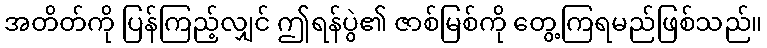
အတိတ်ကို ပြန်ကြည့်လျှင် ဤရန်ပွဲ၏ ဇာစ်မြစ်ကို တွေ့ကြရမည်ဖြစ်သည်။